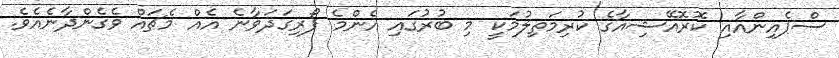
ސްޕެއިންއާއި ކޮރޮއޭޝިއާގެ ކުރިމަތިލުމަކީ މި ބުރުގައި އެންމެ ފޯރިގަދަވާނެ އެއް މެޗައް ވެގެންދާނެއެވެ.